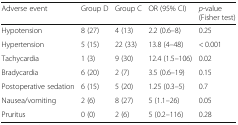
| Adverse event | Group D | Group C | OR (95% CI) | p-value (Fisher test) |
 | --- | --- | --- | --- | --- |
 | Hypotension | 8 (27) | 4 (13) | 2.2 (0.6–8) | 0.25 |
 | Hypertension | 5 (15) | 22 (33) | 13.8 (4–48) | < 0.001 |
 | Tachycardia | 1 (3) | 9 (30) | 12.4 (1.5–106) | 0.02 |
 | Bradycardia | 6 (20) | 2 (7) | 3.5 (0.6–19) | 0.15 |
 | Postoperative sedation | 6 (15) | 5 (20) | 1.25 (0.3–5) | 0.7 |
 | Nausea/vomiting | 2 (6) | 8 (27) | 5 (1.1–26) | 0.05 |
 | Pruritus | 0 (0) | 2 (6) | 5 (0.2–116) | 0.28 |